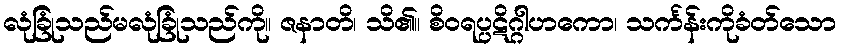
လုံခြုံသည်မလုံခြုံသည်ကို။ ဇနာတိ၊ သိ၏။ စိဝရပ္ပဋိဂ္ဂါဟကော၊ သင်္ကန်းကိုခံတ်သော